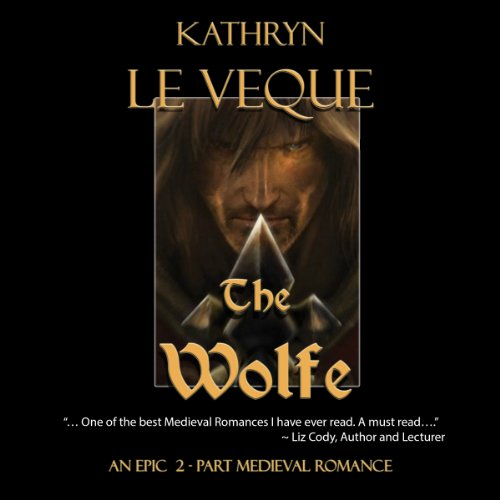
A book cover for The Wolfe; Kathryn Le Veque; Romance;